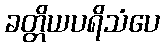
ခတ္တိယပရိသံပေ